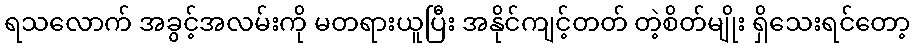
ရသလောက် အခွင့်အလမ်းကို မတရားယူပြီး အနိုင်ကျင့်တတ် တဲ့စိတ်မျိုး ရှိသေးရင်တော့